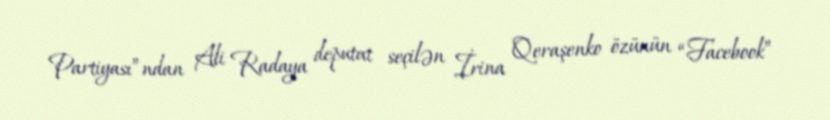
Partiyası”ndan Ali Radaya deputat seçilən İrina Qeraşenko özünün “Facebook”